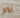
يوم